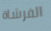
الفرشاة